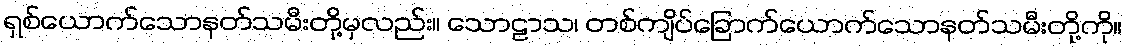
ရှစ်ယောက်သောနတ်သမီးတို့မှလည်း။ သောဠာသ၊ တစ်ကျိပ်ခြောက်ယောက်သောနတ်သမီးတို့ကို။